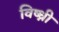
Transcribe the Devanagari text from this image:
विष्ध्नी